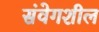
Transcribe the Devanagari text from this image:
संवेगशील